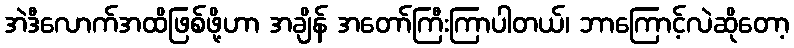
အဲဒီလောက်အထိဖြစ်ဖို့ဟာ အချိန် အတော်ကြီးကြာပါတယ်၊ ဘာကြောင့်လဲဆိုတော့